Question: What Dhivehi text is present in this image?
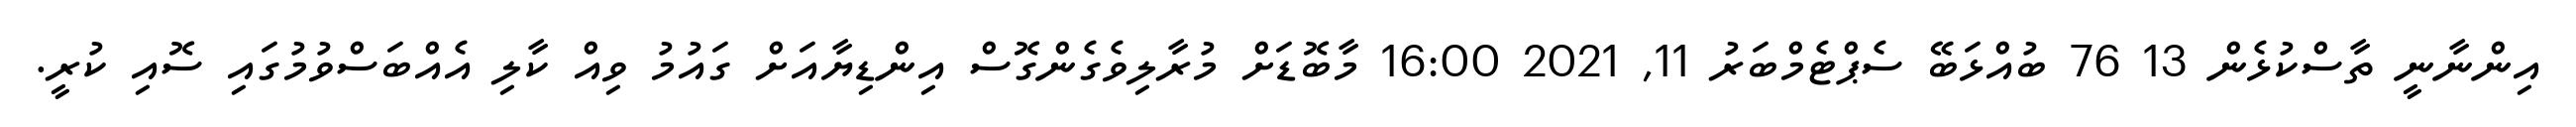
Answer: އިންނާނީ ތާސްކުޅެން 13 76 ބުއްޅަބޭ ސެޕްޓެމްބަރު 11, 2021 16:00 މާބޮޑަށް މުރާލިވެގެންގޮސް އިންޑިޔާއަށް ގައުމު ވިއް ކާލި އެއްބަސްވުމުގައި ސޮއި ކުރީ.